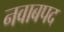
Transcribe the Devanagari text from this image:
नवाबपद